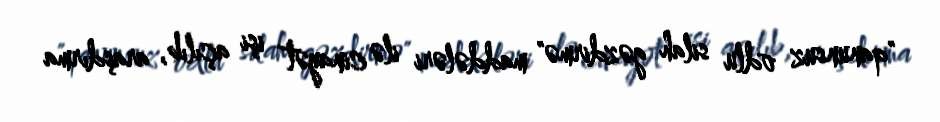
"qanunsuz odlu silah gəzdirmə" maddələri ilə cinayət işi açılıb, araşdırma